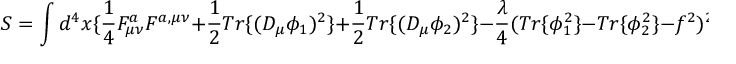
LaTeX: S = \int d ^ { 4 } x \{ \frac { 1 } { 4 } F _ { \mu \nu } ^ { a } F ^ { a , \mu \nu } + \frac { 1 } { 2 } T r \{ ( D _ { \mu } \phi _ { 1 } ) ^ { 2 } \} + \frac { 1 } { 2 } T r \{ ( D _ { \mu } \phi _ { 2 } ) ^ { 2 } \} - \frac { \lambda } { 4 } ( T r \{ \phi _ { 1 } ^ { 2 } \} - T r \{ \phi _ { 2 } ^ { 2 } \} - f ^ { 2 } ) ^ { 2 } \} \quad .